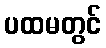
ပထမတွင်